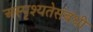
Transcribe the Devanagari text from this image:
अस्पृश्यतेसंबंधी